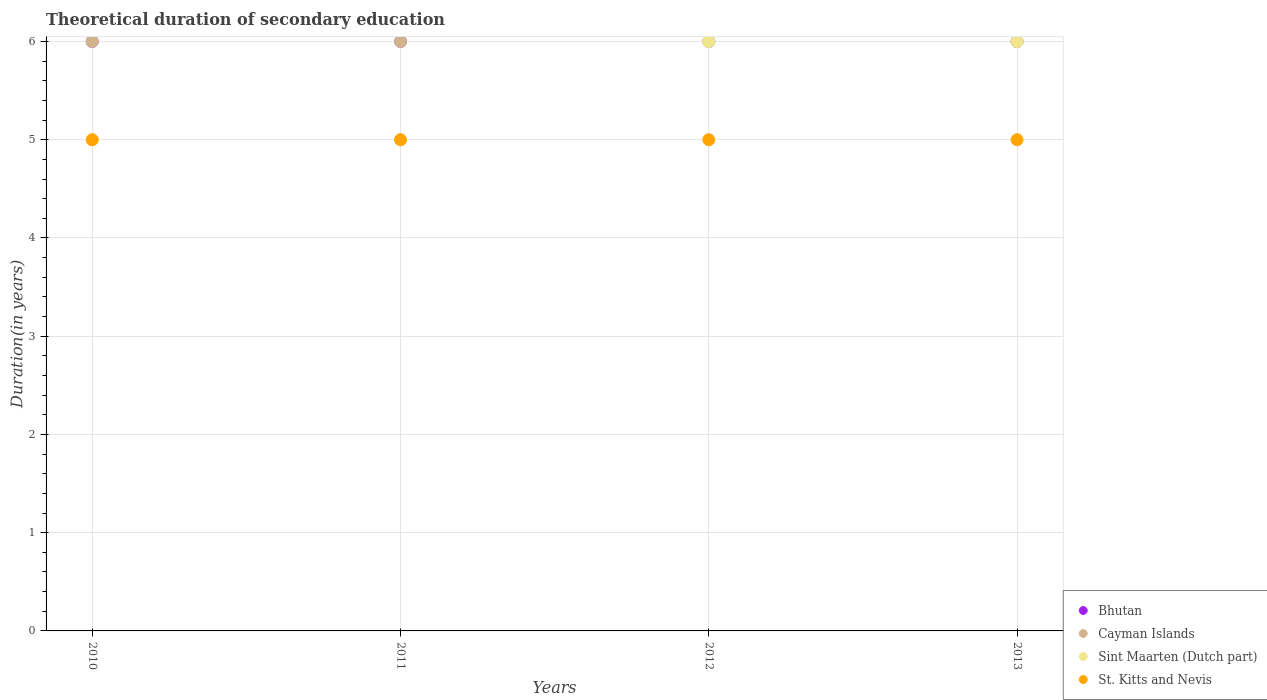
| Years | Bhutan | Cayman Islands | Sint Maarten (Dutch part) | St. Kitts and Nevis |
 | --- | --- | --- | --- | --- |
 | 2010 | 6 | 6 | 5 | 5 |
 | 2011 | 6 | 6 | 5 | 5 |
 | 2012 | 6 | 6 | 6 | 5 |
 | 2013 | 6 | 6 | 6 | 5 |